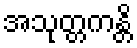
အသုတ္တကန္တိ